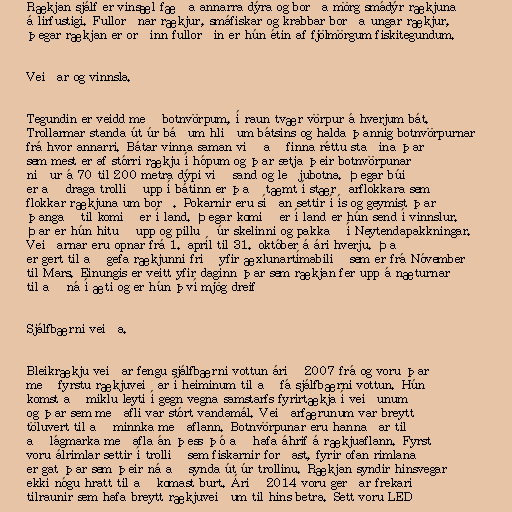
Rækjan sjálf er vinsæl fæða annarra dýra og borða mörg smádýr rækjuna
á lirfustigi. Fullorðnar rækjur, smáfiskar og krabbar borða ungar rækjur,
þegar rækjan er orðinn fullorðin er hún étin af fjölmörgum fiskitegundum.

Veiðar og vinnsla.

Tegundin er veidd með botnvörpum, í raun tvær vörpur á hverjum bát.
Trollarmar standa út úr báðum hliðum bátsins og halda þannig botnvörpurnar
frá hvor annarri. Bátar vinna saman við að finna réttu staðina þar
sem mest er af stórri rækju í hópum og þar setja þeir botnvörpunar
niður á 70 til 200 metra dýpi við sand og leðjubotna. Þegar búið
er að draga trollið upp í bátinn er það tæmt í stærðarflokkara sem
flokkar rækjuna um borð. Pokarnir eru síðan settir í ís og geymist þar
þangað til komið er í land. Þegar komið er í land er hún send í vinnslur.
Þar er hún hituð upp og pilluð úr skelinni og pakkað í Neytendapakkningar.
Veiðarnar eru opnar frá 1. apríl til 31. október á ári hverju. Það
er gert til að gefa rækjunni frið yfir æxlunartímabilið sem er frá Nóvember
til Mars. Einungis er veitt yfir daginn þar sem rækjan fer upp á næturnar
til að ná í æti og er hún því mjög dreifð

Sjálfbærni veiða.

Bleikrækju veiðar fengu sjálfbærni vottun árið 2007 frá og voru þar
með fyrstu rækjuveiðar í heiminum til að fá sjálfbærni vottun. Hún
komst að miklu leyti í gegn vegna samstarfs fyrirtækja í veiðunum
og þar sem meðafli var stórt vandamál. Veiðarfærunum var breytt
töluvert til að minnka meðaflann. Botnvörpunar eru hannaðar til
að lágmarka meðafla án þess þó að hafa áhrif á rækjuaflann. Fyrst
voru álrimlar settir í trollið sem fiskarnir forðast, fyrir ofan rimlana
er gat þar sem þeir ná að synda út úr trollinu. Rækjan syndir hinsvegar
ekki nógu hratt til að komast burt. Árið 2014 voru gerðar frekari
tilraunir sem hafa breytt rækjuveiðum til hins betra. Sett voru LED